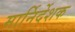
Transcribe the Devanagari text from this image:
मार्निर्देशक